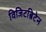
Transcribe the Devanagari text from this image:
विजिटब्रिटेन